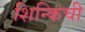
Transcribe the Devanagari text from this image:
शिन्किची